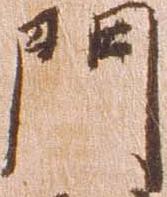
門